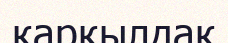
қарқылдақ